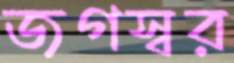
জগস্বর